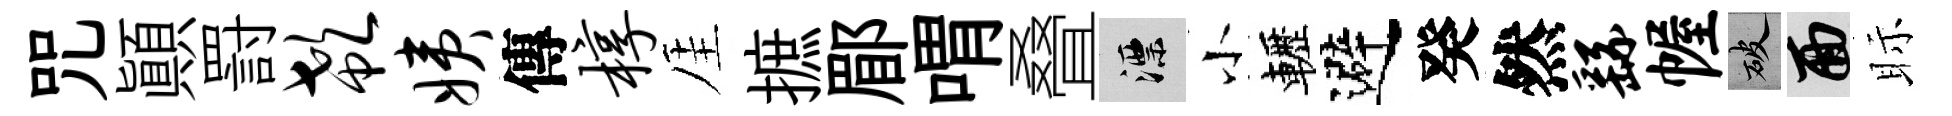
咒顚罸欷姨傳椁厓摭郿喟叠漂小轣避癸然繇幄破面眎